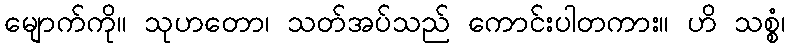
မျောက်ကို။ သုဟတော၊ သတ်အပ်သည် ကောင်းပါတကား။ ဟိ သစ္စံ၊